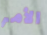
الأمر